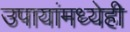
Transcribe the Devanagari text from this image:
उपायांमध्येही